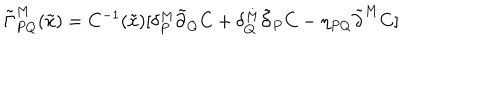
LaTeX: \tilde { \Gamma } _ { P Q } ^ { M } ( \tilde { x } ) = C ^ { - 1 } ( \tilde { x } ) [ \delta _ { P } ^ { M } \tilde { \partial } _ { Q } C + \delta _ { Q } ^ { M } \tilde { \partial } _ { P } C - \eta _ { P Q } \tilde { \partial } ^ { M } C ]